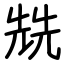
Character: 兟